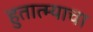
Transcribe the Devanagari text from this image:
हुतात्म्याचा